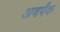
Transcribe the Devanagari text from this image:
अवर्पंक